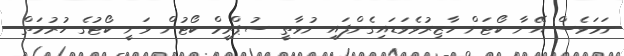
ނަމަވެސް އޭނާ ކޯޓަށް ހާޒިރުވެވަޑައިގެންފައި ނުވާތީ ސުޕްރީމް ކޯޓުން ވަނީ ކޯޓުގެ ހުރުމަތް